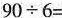
$$90\div6=$$